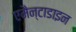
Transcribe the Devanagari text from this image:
एमैन्टाडाइन